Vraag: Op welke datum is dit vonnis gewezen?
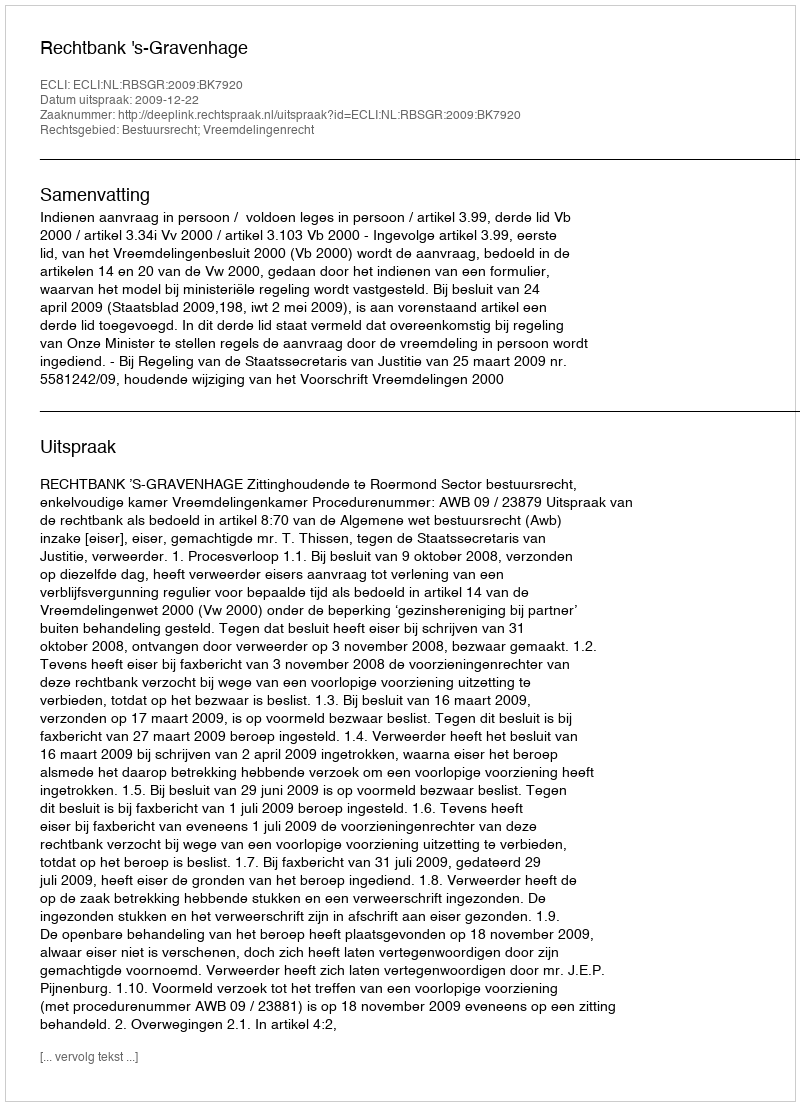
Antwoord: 2009-12-22